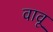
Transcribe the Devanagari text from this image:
वावू